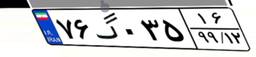
۷۶گ۰۳۵۱۶